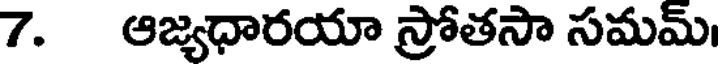
7. ఆజ్యధారయా స్రోతసా సమమ్